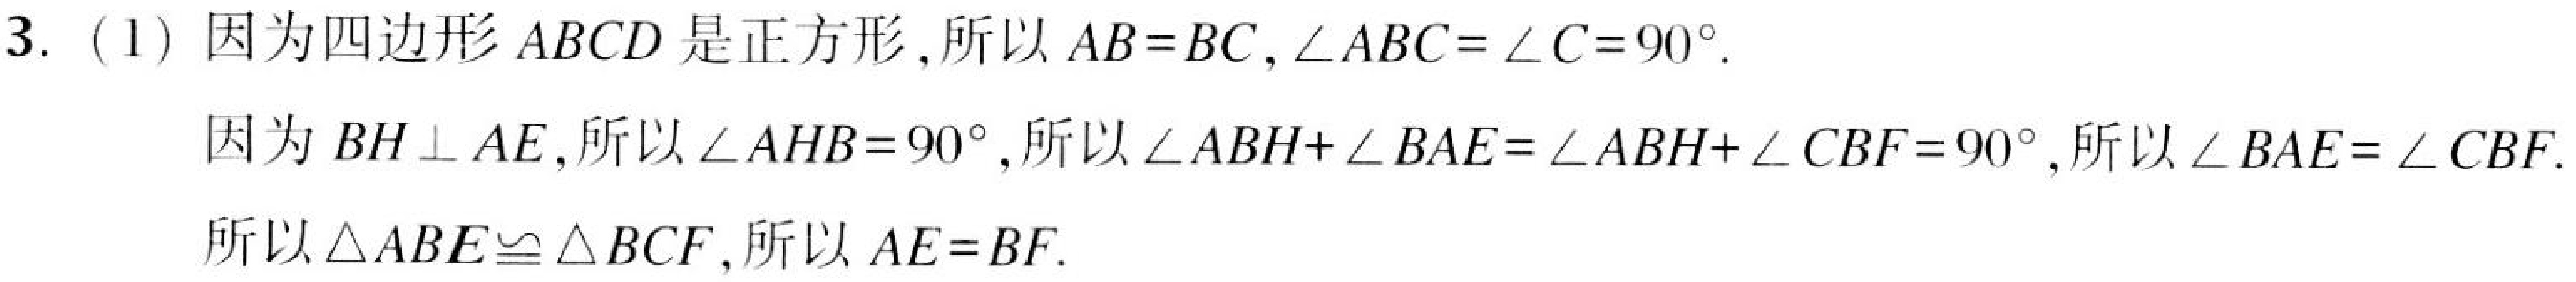
3. (1) 因为四边形\(ABCD\)是正方形, 所以\(AB = BC\), \(\angle ABC=\angle C = 90^{\circ}\).

因为\(BH\perp AE\), 所以\(\angle AHB = 90^{\circ}\), 所以\(\angle ABH+\angle BAE=\angle ABH+\angle CBF = 90^{\circ}\), 所以\(\angle BAE=\angle CBF\).

所以\(\triangle ABE\cong\triangle BCF\), 所以\(AE = BF\).